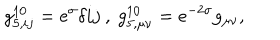
g _ { 5 , i j } ^ { 1 0 } = e ^ { \sigma } \delta { i j } \ , \ g _ { 5 , \mu \nu } ^ { 1 0 } = e ^ { - 2 \sigma } g _ { \mu \nu } ,